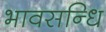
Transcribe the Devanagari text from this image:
भावसन्धि